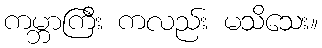
ကမ္ဘာကြီး ကလည်း မသိသေး။